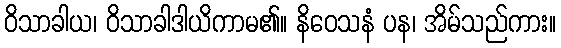
ဝိသာခါယ၊ ဝိသာခါဒါယိကာမ၏။ နိဝေသနံ ပန၊ အိမ်သည်ကား။